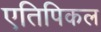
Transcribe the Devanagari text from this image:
एतिपिकल